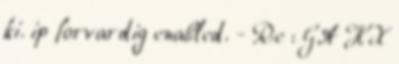
ki. ip forvardig enabled. - Re : GA HX